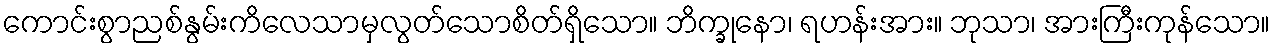
ကောင်းစွာညစ်နွမ်းကိလေသာမှလွတ်သောစိတ်ရှိသော။ ဘိက္ခုနော၊ ရဟန်းအား။ ဘုသာ၊ အားကြီးကုန်သော။